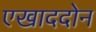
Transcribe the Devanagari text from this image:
एखाददोन